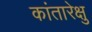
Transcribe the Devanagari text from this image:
कांतारेक्षु